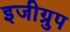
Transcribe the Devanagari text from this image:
इजीग्रुप